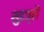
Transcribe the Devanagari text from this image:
सुइज़्हौ